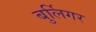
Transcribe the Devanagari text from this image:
बुर्लिगर